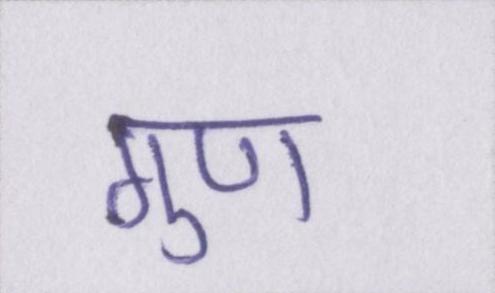
गुण